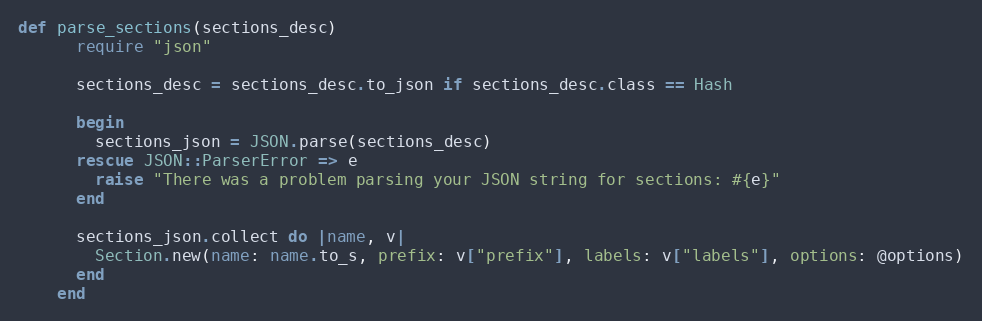
Language: Ruby
def parse_sections(sections_desc)
      require "json"

      sections_desc = sections_desc.to_json if sections_desc.class == Hash

      begin
        sections_json = JSON.parse(sections_desc)
      rescue JSON::ParserError => e
        raise "There was a problem parsing your JSON string for sections: #{e}"
      end

      sections_json.collect do |name, v|
        Section.new(name: name.to_s, prefix: v["prefix"], labels: v["labels"], options: @options)
      end
    end